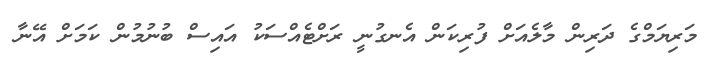
މަރިޔަމްގެ ދަރިން މާލެއަށް ފުރިކަން އެނގުނީ ރަށްޓެއްސަކު އައިސް ބުނުމުން ކަމަށް އޭނާ